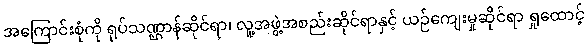
အကြောင်းစုံကို ရုပ်သဏ္ဌာန်ဆိုင်ရာ၊ လူ့အဖွဲ့အစည်းဆိုင်ရာနှင့် ယဉ်ကျေးမှုဆိုင်ရာ ရှုထောင့်